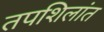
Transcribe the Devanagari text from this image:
तपशिलांत